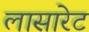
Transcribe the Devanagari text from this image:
लासारेट